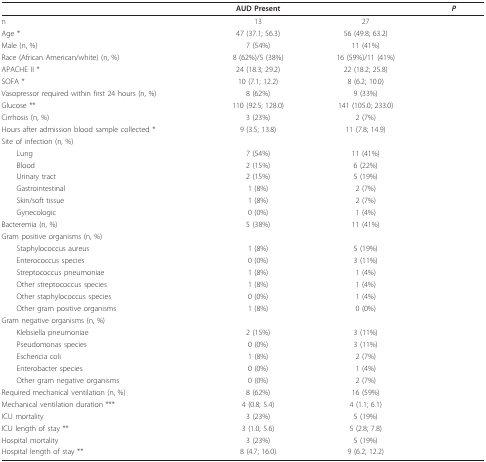
<table><thead><tr><td>[EMPTY_CELL]</td><td><b>AUD Present</b></td><td>[EMPTY_CELL]</td><td><b><i>P</i></b></td></tr></thead><tbody><tr><td>n</td><td>13</td><td>27</td><td>[EMPTY_CELL]</td></tr><tr><td>Age *</td><td>47 (37.1; 56.3)</td><td>56 (49.8; 63.2)</td><td>[EMPTY_CELL]</td></tr><tr><td>Male (n, %)</td><td>7 (54%)</td><td>11 (41%)</td><td>[EMPTY_CELL]</td></tr><tr><td>Race (African American/white) (n, %)</td><td>8 (62%)/5 (38%)</td><td>16 (59%)/11 (41%)</td><td>[EMPTY_CELL]</td></tr><tr><td>APACHE II *</td><td>24 (18.3; 29.2)</td><td>22 (18.2; 25.8)</td><td>[EMPTY_CELL]</td></tr><tr><td>SOFA *</td><td>10 (7.1; 12.2)</td><td>8 (6.2; 10.0)</td><td>[EMPTY_CELL]</td></tr><tr><td>Vasopressor required within first 24 hours (n, %)</td><td>8 (62%)</td><td>9 (33%)</td><td>[EMPTY_CELL]</td></tr><tr><td>Glucose **</td><td>110 (92.5; 128.0)</td><td>141 (105.0; 233.0)</td><td>[EMPTY_CELL]</td></tr><tr><td>Cirrhosis (n, %)</td><td>3 (23%)</td><td>2 (7%)</td><td>[EMPTY_CELL]</td></tr><tr><td>Hours after admission blood sample collected *</td><td>9 (3.5; 13.8)</td><td>11 (7.8; 14.9)</td><td>[EMPTY_CELL]</td></tr><tr><td>Site of infection (n, %)</td><td>[EMPTY_CELL]</td><td>[EMPTY_CELL]</td><td>[EMPTY_CELL]</td></tr><tr><td> Lung</td><td>7 (54%)</td><td>11 (41%)</td><td>[EMPTY_CELL]</td></tr><tr><td> Blood</td><td>2 (15%)</td><td>6 (22%)</td><td>[EMPTY_CELL]</td></tr><tr><td> Urinary tract</td><td>2 (15%)</td><td>5 (19%)</td><td>[EMPTY_CELL]</td></tr><tr><td> Gastrointestinal</td><td>1 (8%)</td><td>2 (7%)</td><td>[EMPTY_CELL]</td></tr><tr><td> Skin/soft tissue</td><td>1 (8%)</td><td>2 (7%)</td><td>[EMPTY_CELL]</td></tr><tr><td> Gynecologic</td><td>0 (0%)</td><td>1 (4%)</td><td>[EMPTY_CELL]</td></tr><tr><td>Bacteremia (n, %)</td><td>5 (38%)</td><td>11 (41%)</td><td>[EMPTY_CELL]</td></tr><tr><td>Gram positive organisms (n, %)</td><td>[EMPTY_CELL]</td><td>[EMPTY_CELL]</td><td>[EMPTY_CELL]</td></tr><tr><td> Staphylococcus aureus</td><td>1 (8%)</td><td>5 (19%)</td><td>[EMPTY_CELL]</td></tr><tr><td> Enterococcus species</td><td>0 (0%)</td><td>3 (11%)</td><td>[EMPTY_CELL]</td></tr><tr><td> Streptococcus pneumoniae</td><td>1 (8%)</td><td>1 (4%)</td><td>[EMPTY_CELL]</td></tr><tr><td> Other streptococcus species</td><td>1 (8%)</td><td>1 (4%)</td><td>[EMPTY_CELL]</td></tr><tr><td> Other staphylococcus species</td><td>0 (0%)</td><td>1 (4%)</td><td>[EMPTY_CELL]</td></tr><tr><td> Other gram positive organisms</td><td>1 (8%)</td><td>0 (0%)</td><td>[EMPTY_CELL]</td></tr><tr><td>Gram negative organisms (n, %)</td><td>[EMPTY_CELL]</td><td>[EMPTY_CELL]</td><td>[EMPTY_CELL]</td></tr><tr><td> Klebsiella pneumoniae</td><td>2 (15%)</td><td>3 (11%)</td><td>[EMPTY_CELL]</td></tr><tr><td> Pseudomonas species</td><td>0 (0%)</td><td>3 (11%)</td><td>[EMPTY_CELL]</td></tr><tr><td> Eschericia coli</td><td>1 (8%)</td><td>2 (7%)</td><td>[EMPTY_CELL]</td></tr><tr><td> Enterobacter species</td><td>0 (0%)</td><td>1 (4%)</td><td>[EMPTY_CELL]</td></tr><tr><td> Other gram negative organisms</td><td>0 (0%)</td><td>2 (7%)</td><td>[EMPTY_CELL]</td></tr><tr><td>Required mechanical ventilation (n, %)</td><td>8 (62%)</td><td>16 (59%)</td><td>[EMPTY_CELL]</td></tr><tr><td>Mechanical ventilation duration ***</td><td>4 (0.8; 5.4)</td><td>4 (1.1; 6.1)</td><td>[EMPTY_CELL]</td></tr><tr><td>ICU mortality</td><td>3 (23%)</td><td>5 (19%)</td><td>[EMPTY_CELL]</td></tr><tr><td>ICU length of stay **</td><td>3 (1.0; 5.6)</td><td>5 (2.8; 7.8)</td><td>[EMPTY_CELL]</td></tr><tr><td>Hospital mortality</td><td>3 (23%)</td><td>5 (19%)</td><td>[EMPTY_CELL]</td></tr><tr><td>Hospital length of stay **</td><td>8 (4.7; 16.0)</td><td>9 (6.2; 12.2)</td><td>[EMPTY_CELL]</td></tr></tbody></table>